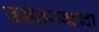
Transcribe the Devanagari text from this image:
वसंतरावदादा